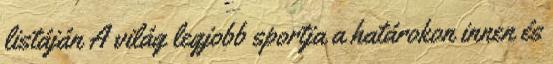
listáján A világ legjobb sportja a határokon innen és